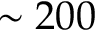
\sim 2 0 0